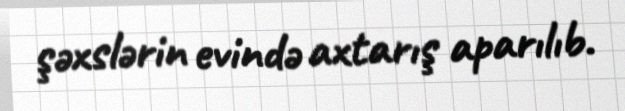
şəxslərin evində axtarış aparılıb.